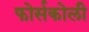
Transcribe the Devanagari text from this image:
फोर्सकोली